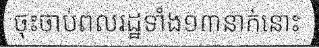
ចុះចាប់ពលរដ្ឋទាំង១៣នាក់នោះ